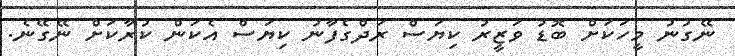
ނޭގުނު މީހަކަށް ބޮޑު ވަޒީރު ކިޔަސް ރަދްގެފާނު ކިޔަސް އެކަން ކުރާކަށް ނޭގޭނެ.